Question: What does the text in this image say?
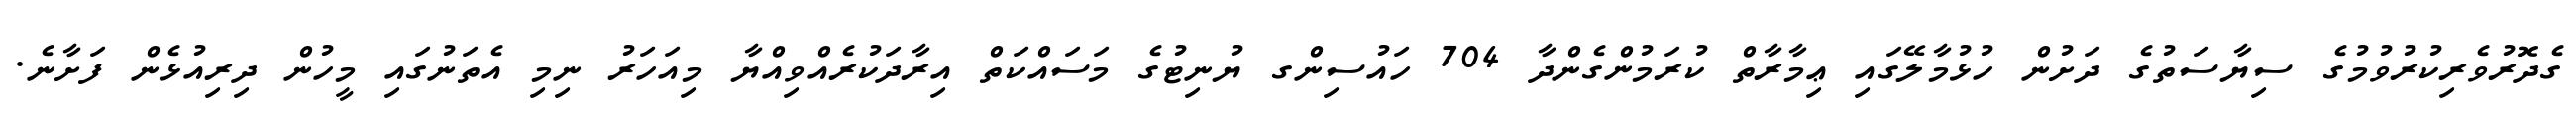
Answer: ގެދޮރުވެރިކުރުވުމުގެ ސިޔާސަތުގެ ދަށުން ހުޅުމާލޭގައި ޢިމާރާތް ކުރަމުންގެންދާ 704 ހައުސިންގ ޔުނިޓުގެ މަސައްކަތް އިރާދަކުރެއްވިއްޔާ މިއަހަރު ނިމި އެތަނުގައި މީހުން ދިރިއުޅެން ފަށާނެ.